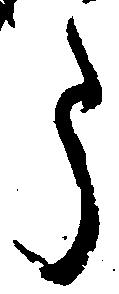
う